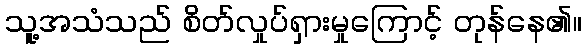
သူ့အသံသည် စိတ်လှုပ်ရှားမှုကြောင့် တုန်နေ၏။